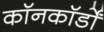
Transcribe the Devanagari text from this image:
कॉनकॉर्डों